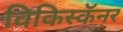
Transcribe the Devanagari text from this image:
विकिस्कॅनर